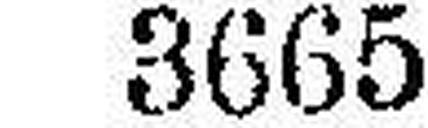
3665